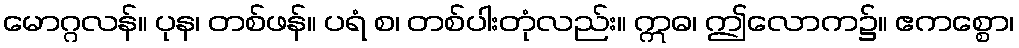
မောဂ္ဂလန်။ ပုန၊ တစ်ဖန်။ ပရံ စ၊ တစ်ပါးတုံလည်း။ ဣဓ၊ ဤလောက၌။ ဧကစ္စော၊